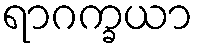
ရာဂက္ခယာ